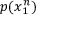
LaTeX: p ( x _ { 1 } ^ { n } )